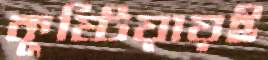
কুষ্টিয়ায়ই